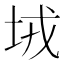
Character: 𡊸